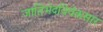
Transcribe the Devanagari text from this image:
जातिभेदविवेकसार